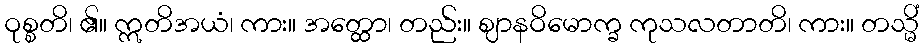
ဝုစ္စတိ၊ ၏။ ဣတိအယံ၊ ကား။ အတ္ထော၊ တည်း။ ဈာနဝိမောက္ခ ကုသလတာတိ၊ ကား။ တသ္မိံ